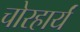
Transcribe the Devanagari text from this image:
चोरहार्यं